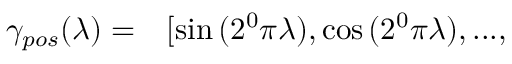
\begin{array} { r l } { \gamma _ { p o s } ( \lambda ) = } & { { } [ \sin { ( 2 ^ { 0 } \pi \lambda ) } , \cos { ( 2 ^ { 0 } \pi \lambda ) } , . . . , } \end{array}